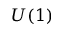
U ( 1 )